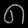
Digit: ၈